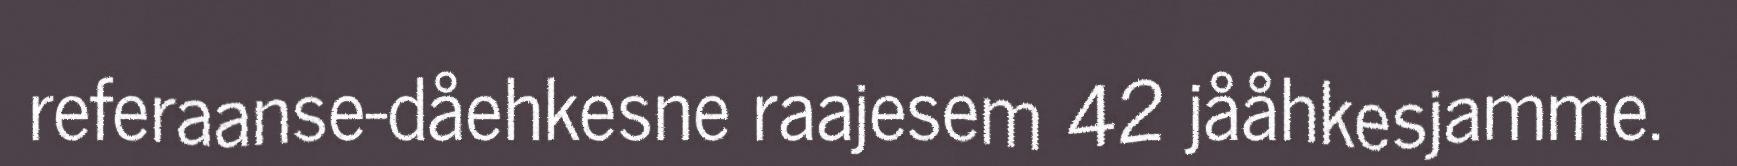
referaanse-dåehkesne raajesem 42 jååhkesjamme.